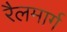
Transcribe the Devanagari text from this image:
रैलमार्ग